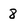
Character: 8